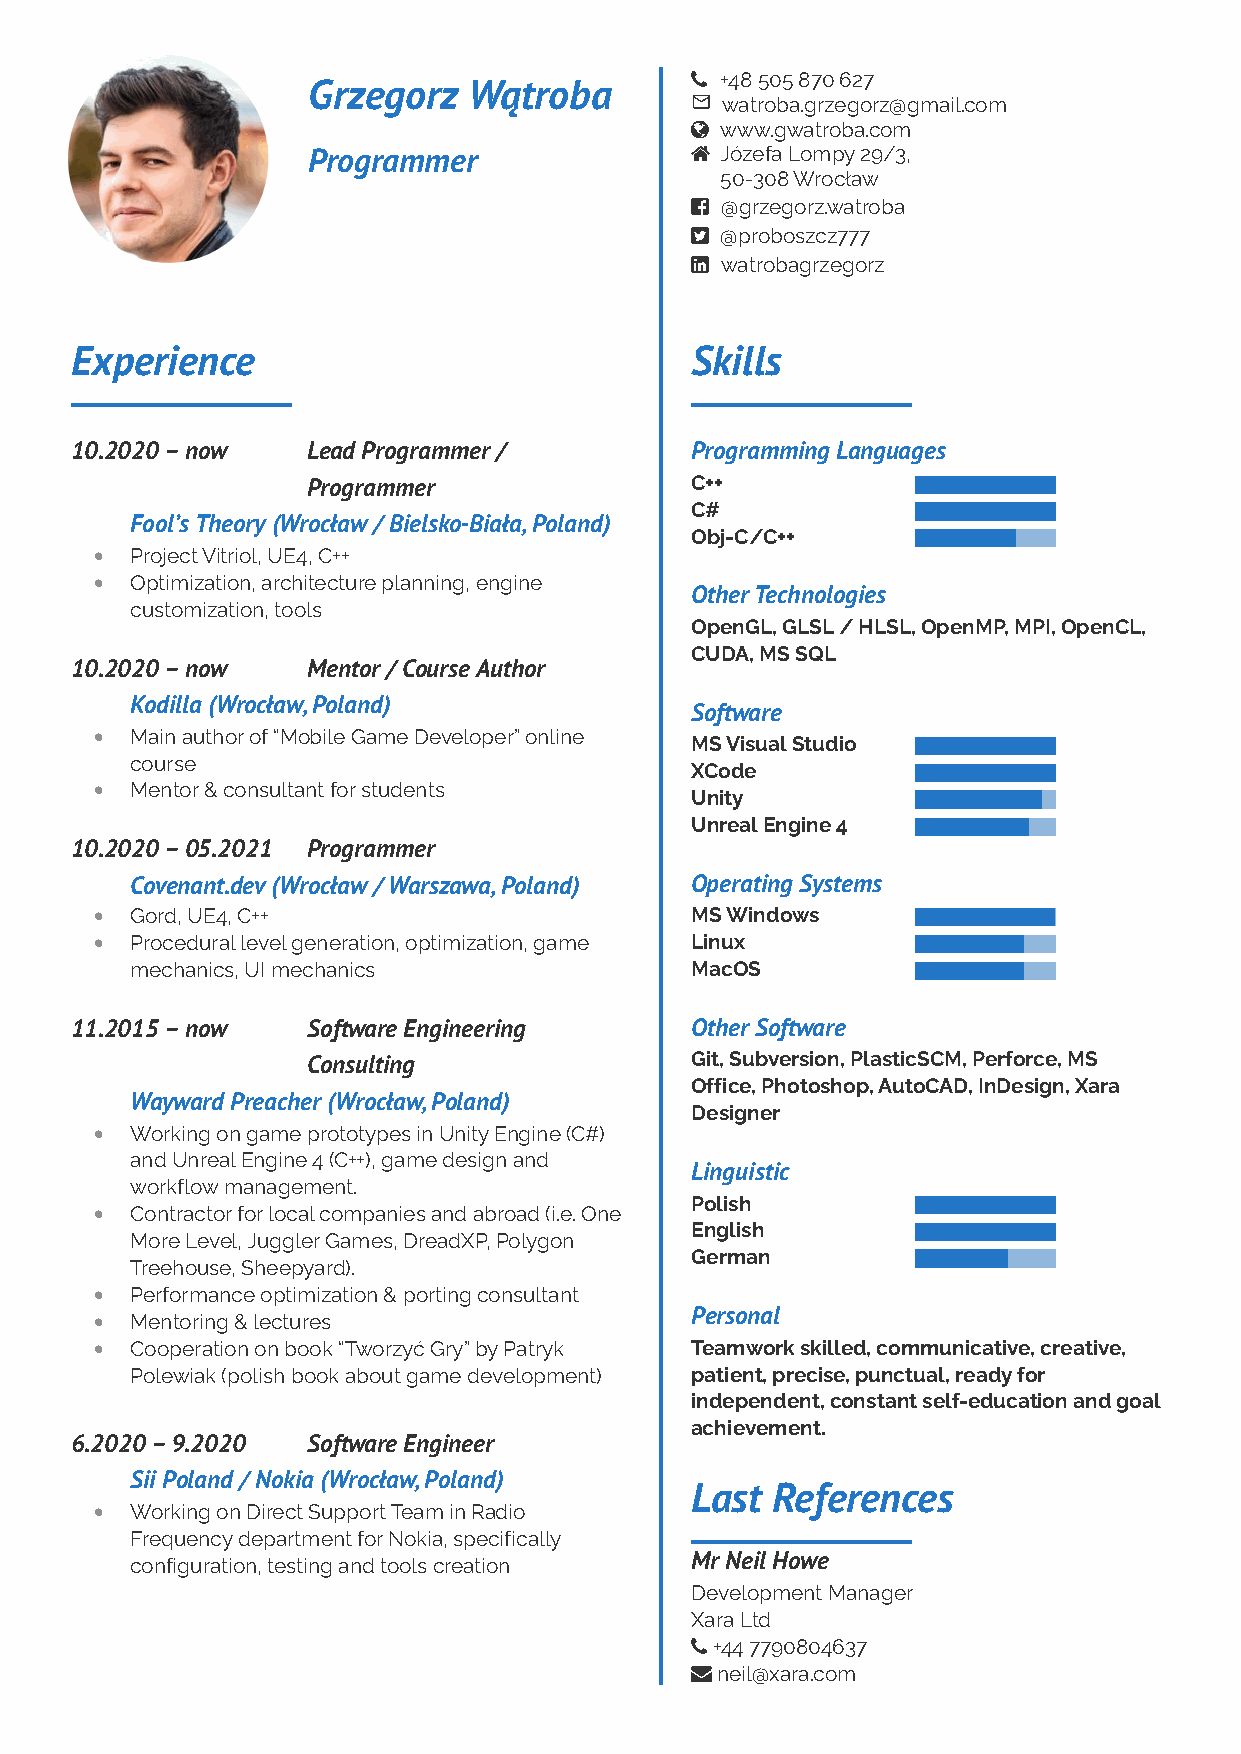
 +48 505 870 627
 Grzegorz   Wątroba
  watroba.grzegorz@gmail.com
  www.gwatroba.com
 Programmer                 Józefa Lompy 29/3,
 50-308 Wrocław
  @grzegorz.watroba
  @proboszcz777
  watrobagrzegorz
 Experience                               Skills
 10.2020 – now  Lead Programmer /         Programming Languages
 Programmer                C++
 C#
 Fool’s Theory (Wrocław / Bielsko-Biała, Poland)
 Obj-C/C++
 •  Project Vitriol, UE4, C++
 •  Optimization, architecture planning, engine
 Other Technologies
 customization, tools
 OpenGL, GLSL / HLSL, OpenMP, MPI, OpenCL,
 CUDA, MS SQL
 10.2020 – now  Mentor / Course Author
 Kodilla (Wrocław, Poland)
 Software
 •  Main author of “Mobile Game Developer” online
 MS Visual Studio
 course
 XCode
 •  Mentor & consultant for students
 Unity
 Unreal Engine 4
 10.2020 – 05.2021 Programmer
 Covenant.dev (Wrocław / Warszawa, Poland) Operating Systems
 •  Gord, UE4, C++                       MS Windows
 •  Procedural level generation, optimization, game Linux
 mechanics, UI mechanics              MacOS
 11.2015 – now  Software Engineering      Other Software
 Consulting                Git, Subversion, PlasticSCM, Perforce, MS
 Office, Photoshop, AutoCAD, InDesign, Xara
 Wayward Preacher (Wrocław, Poland)
 Designer
 •  Working on game prototypes in Unity Engine (C#)
 and Unreal Engine 4 (C++), game design and
 Linguistic
 workflow management.
 Polish
 •  Contractor for local companies and abroad (i.e. One
 English
 More Level, Juggler Games, DreadXP, Polygon
 German
 Treehouse, Sheepyard).
 •  Performance optimization & porting consultant
 Personal
 •  Mentoring & lectures
 •  Cooperation on book “Tworzyć Gry” by Patryk Teamwork skilled, communicative, creative,
 Polewiak (polish book about game development) patient, precise, punctual, ready for
 independent, constant self-education and goal
 achievement.
 6.2020 – 9.2020 Software Engineer
 Sii Poland / Nokia (Wrocław, Poland)
 Last References
 •  Working on Direct Support Team in Radio
 Frequency department for Nokia, specifically
 configuration, testing and tools creation Mr Neil Howe
 Development Manager
 Xara Ltd
  +44 7790804637
  neil@xara.com